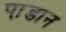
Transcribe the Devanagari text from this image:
पा़डान